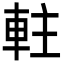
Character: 軴